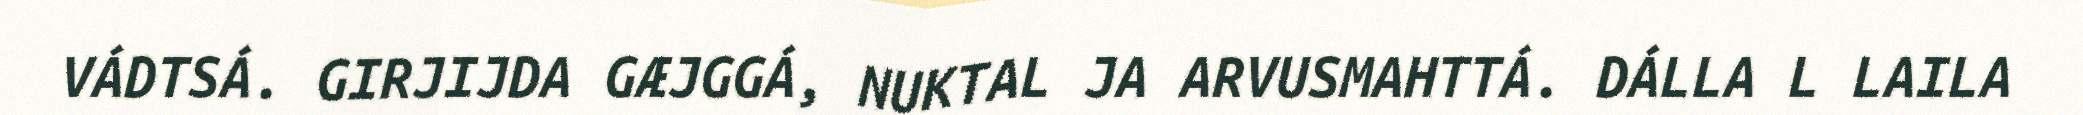
VÁDTSÁ. GIRJIJDA GÆJGGÁ, NUKTAL JA ARVUSMAHTTÁ. DÁLLA L LAILA